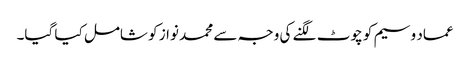
عماد وسیم کو چوٹ لگنے کی وجہ سے محمد نواز کو شامل کیا گیا۔